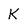
Character: K